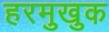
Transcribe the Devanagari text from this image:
हरमुखुक